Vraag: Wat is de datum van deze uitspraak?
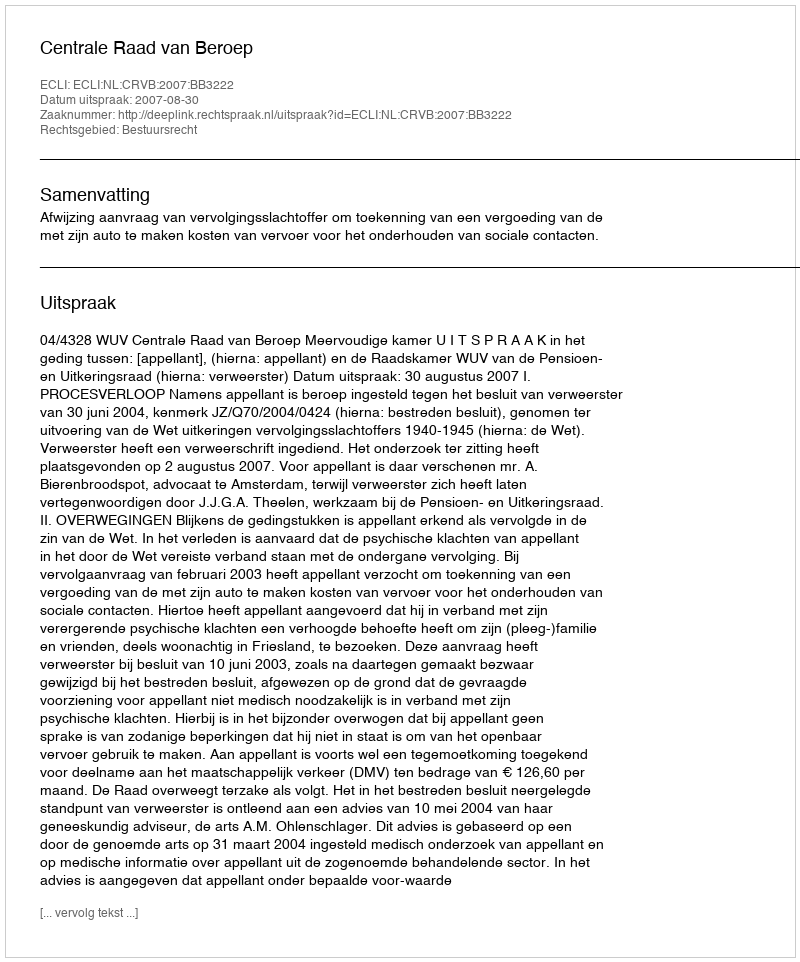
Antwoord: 2007-08-30